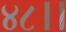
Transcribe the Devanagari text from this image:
४८।।